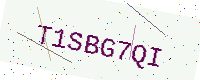
Text: T1SBG7QI